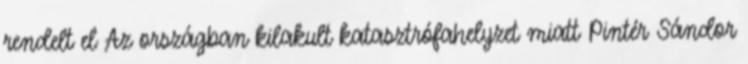
rendelt el Az országban kilakult katasztrófahelyzet miatt Pintér Sándor